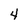
Character: 4